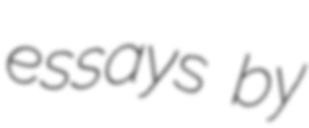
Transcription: essays by